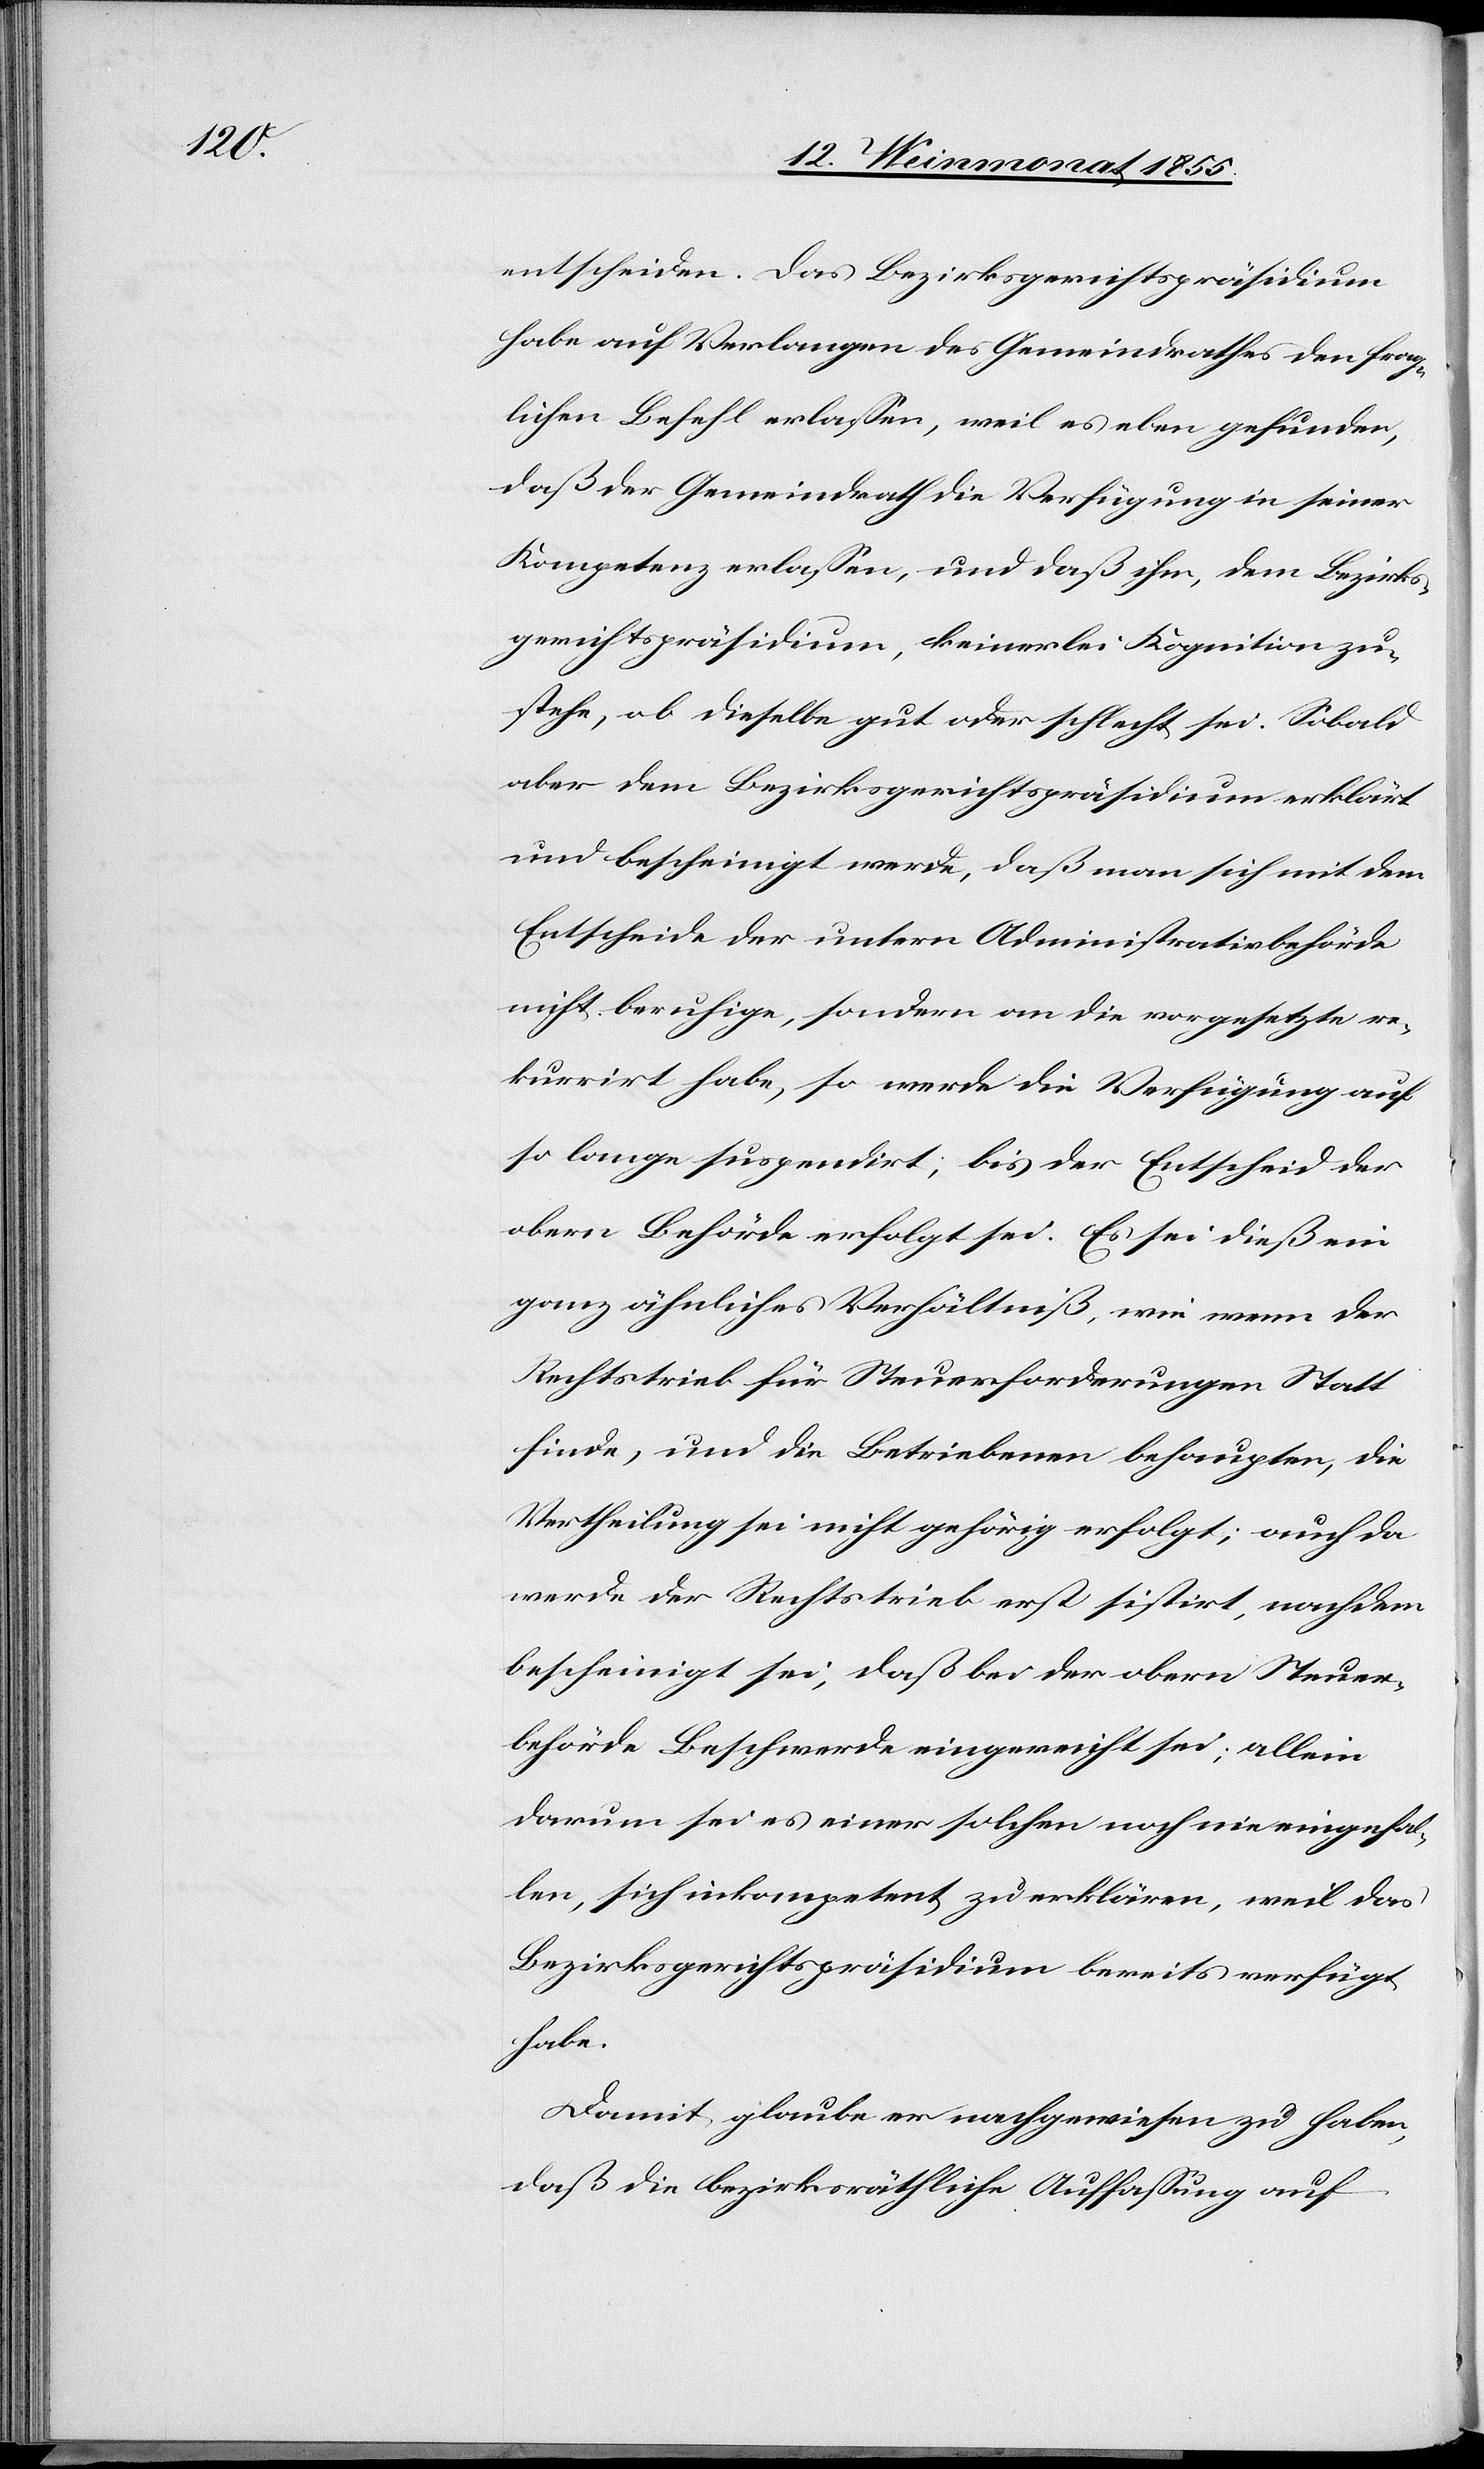
entscheiden. Das Bezirksgerichtspräsidium
habe auf Verlangen des Gemeindrathes den frag¬
lichen Befehl erlassen, weil es eben gefunden,
daß der Gemeindrath die Verfügung in seiner
Kompetenz erlassen, und daß ihm, dem Bezirks¬
gerichtspräsidium, keinerlei Kognition zu¬
stehe, ob dieselbe gut oder schlecht sei. Sobald
aber dem Bezirksgerichtspräsidium erklärt
und bescheinigt werde, daß man sich mit dem
Entscheide der untern Administrativbehörde
nicht beruhige, sondern an die vorgesetzte re¬
kurrirt habe, so werde die Verfügung auf
so lange suspendirt; bis der Entscheid der
obern Behörde erfolgt sei. Es sei dieß ein
ganz ähnliches Verhältniß, wie wenn der
Rechtstrieb für Steuerforderungen Statt
finde, und die Betriebenen behaupten, die
Vertheilung sei nicht gehörig erfolgt; auch da
werde der Rechtstrieb erst sistirt, nachdem
bescheinigt sei, daß bei der obern Steuer¬
behörde Beschwerde eingereicht sei; allein
darum sei es einer solchen noch nie eingefal¬
len, sich inkompetent zu erklären, weil das
Bezirksgerichtspräsidium bereits verfügt
habe.
Damit glaube er nachgewiesen zu haben,
daß die bezirksräthliche Auffassung auf